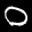
Label: 0